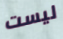
ليست